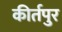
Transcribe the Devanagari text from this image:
कीर्तपुर